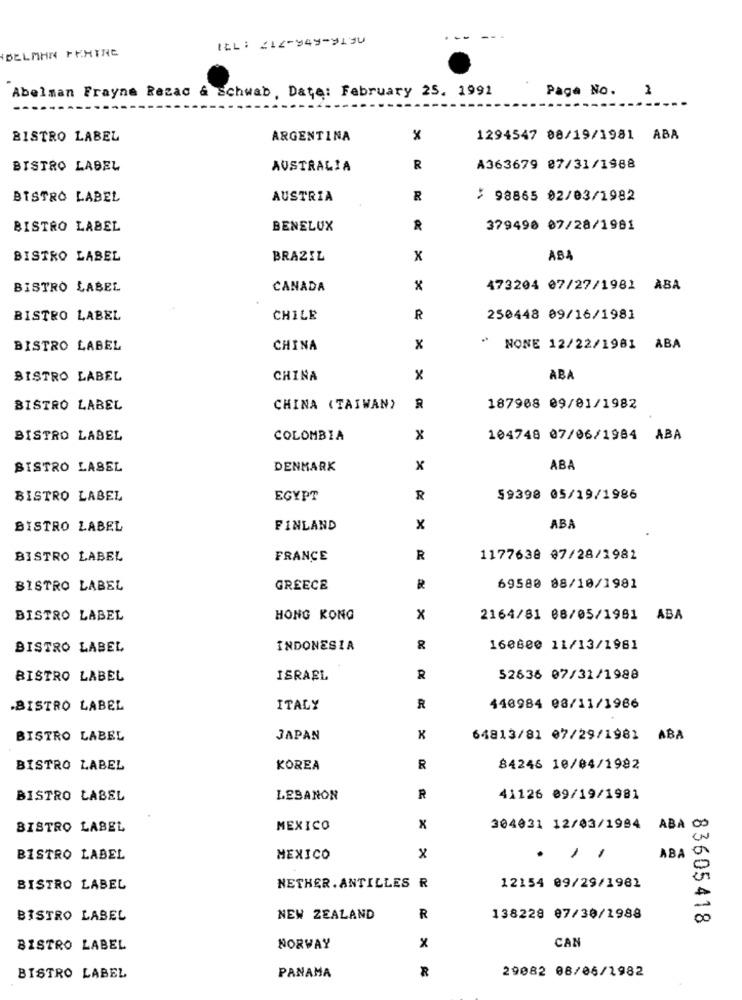
IL: 412-949-9130
BELMAN FEHTNE
Abelman Frayne Rezac & Schwab, Date: February 25. 1991
Paga No. 1
BISTRO LABEL
ARGENTINA
x
1294547 08/19/1981 ABA
BISTRO LABEL
AUSTRALIA
R
A363679 87/31/1988
BISTRO LABEL
AUSTRIA
R
> 98865 02/03/1982
BISTRO LABEL
BENELUX
R
379498 07/28/1981
BISTRO LABEL
BRAZIL
x
ABA
BISTRO LABEL
CANADA
x
473204 07/27/1981 ABA
BISTRO LABEL
CHILE
R
250448 09/16/1981
BISTRO LABEL
CHINA
x
NONE 12/22/1981 ABA
BISTRO LABEL
CHINA
x
ABA
BISTRO LABEL
CHINA (TAIWAN)
R
187968 09/01/1982
BISTRO LABEL
COLOMBIA
x
104748 07/06/1984 ABA
BISTRO LASEL
DENMARK
x
ABA
BISTRO LABEL
EGYPT
R
59398 05/19/1986
BISTRO LABEL
FINLAND
x
ABA
BISTRO LABEL
FRANCE
R
1177638 87/28/1982
BISTRO LABEL
GREECE
R
69580 88/10/1981
BISTRO LABEL
HONG KONG
x
2164/81 08/05/1981 ABA
BISTRO LABEL
INDONESIA
R
160800 11/13/1981
BISTRO LABEL
ISRAEL
R
52636 07/32/1988
.BISTRO LABEL
ITALY
R
440984 08/11/1966
BISTRO LABEL
JAPAN
64813/81 07/29/1981 ABA
BISTRO LABEL
KOREA
R
84246 18/04/1982
BISTRO LABEL
LEBANON
R
41126 09/19/1981
BISTRO LABEL
MEXICO
x
304031 12/03/1994 ABA CO
BISTRO LABEL
MEXICO
x
...
ABA
BISTRO LABEL
NETHER. ANTILLES R
12154 09/29/1982
BISTRO LABEL
NEW ZEALAND
R
138228 07/30/1988
83605418
CAN
BISTRO LABEL
NORWAY
X
R
29082 08/06/1982
BISTRO LABEL
PANAMA